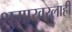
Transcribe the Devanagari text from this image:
शुमाखरलाही